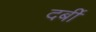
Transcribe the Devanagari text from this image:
दर्बी